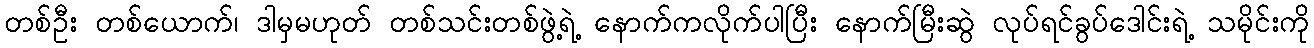
တစ်ဦး တစ်ယောက်၊ ဒါမှမဟုတ် တစ်သင်းတစ်ဖွဲ့ရဲ့ နောက်ကလိုက်ပါပြီး နောက်မြီးဆွဲ လုပ်ရင်ခွပ်ဒေါင်းရဲ့ သမိုင်းကို